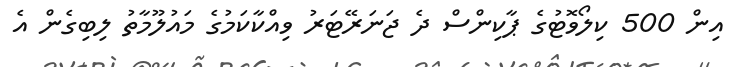
އިން 500 ކިލޯވޮޓުގެ ޕާކިންސް ދެ ޖަނަރޭޓަރު ވިއްކާކަމުގެ މައުލޫމާތު ލިބިގެން އެ